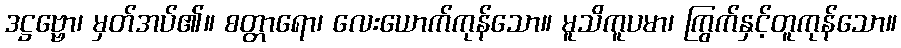
ဒဋ္ဌဗ္ဗော၊ မှတ်အပ်၏။ စတ္တာရော၊ လေးယောက်ကုန်သော။ မူသိကူပမာ၊ ကြွက်နှင့်တူကုန်သော။